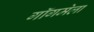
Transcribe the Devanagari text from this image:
गॉगमेला